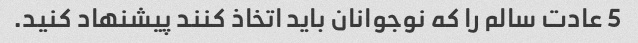
5 عادت سالم را که نوجوانان باید اتخاذ کنند پیشنهاد کنید.